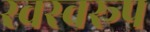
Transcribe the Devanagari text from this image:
स्वस्वरूप